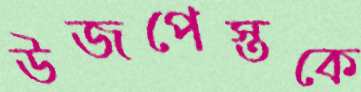
উজপেস্তকে